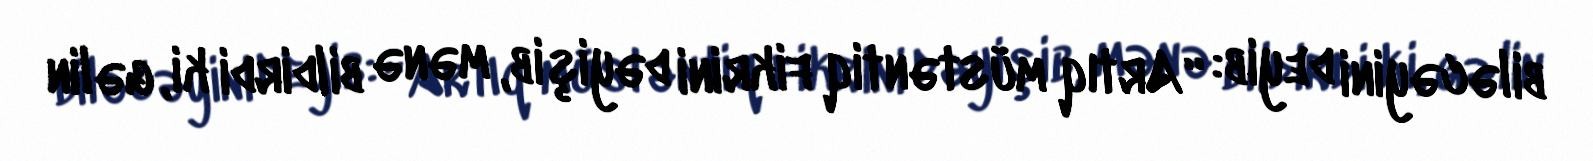
biləcəyini deyib: “Artıq müstəntiq fikrini dəyişib, mənə bildirdi ki, gəlin